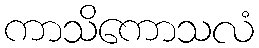
ကာသိကောသလံ